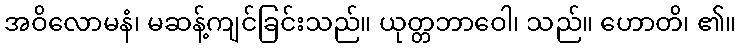
အဝိလောမနံ၊ မဆန့်ကျင်ခြင်းသည်။ ယုတ္တဘာဝေါ၊ သည်။ ဟောတိ၊ ၏။